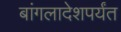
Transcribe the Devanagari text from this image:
बांगलादेशपर्यंत